Civil Veterinary Department. Madras. Admin. report 1910-25 - 1910-1925
Year: 1910
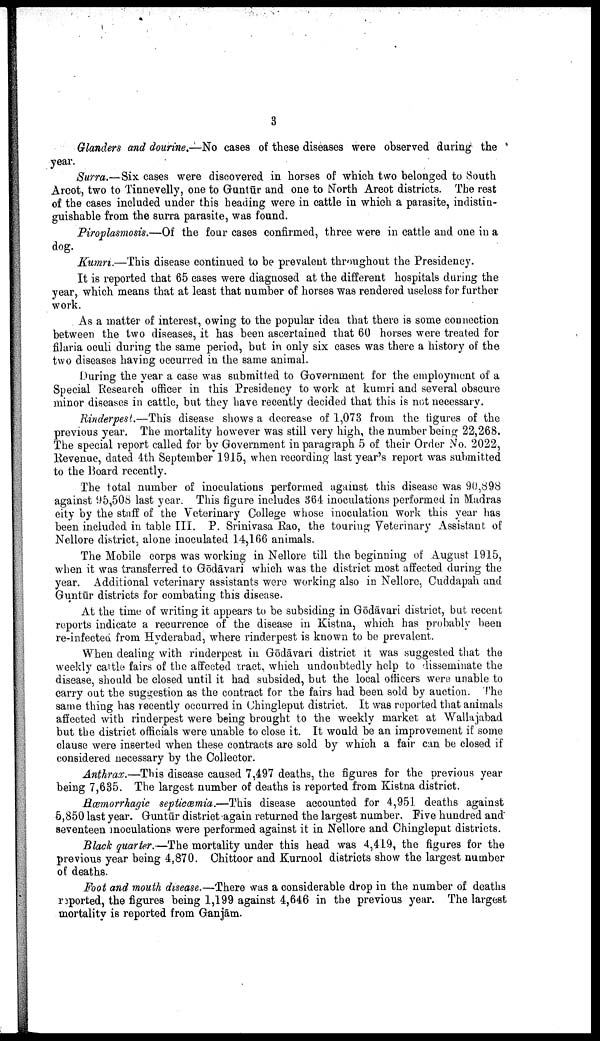
3
Glanders and dourine.—No cases of these diseases were observed during the
year.
Surra.—Six cases were discovered in horses of which two belonged to South
Arcot, two to Tinnevelly, one to Guntur and one to North Arcot districts. The rest
of the cases included under this heading were in cattle in which a parasite, indistin
guishable from the surra parasite, was found.
Piroplasmosis.—Of the four cases confirmed, three were in cattle and one in a
dog.
Kumri.—This disease continued to be prevalent throughout the Presidency.
It is reported that 65 cases were diagnosed at the different hospitals during the
year, which means that at least that number of horses was rendered useless for further
work.
As a matter of interest, owing to the popular idea that there is some connection
between the two diseases, it has been ascertained that 60 horses were treated for
filaria oculi during the same period, but in only six cases was there a history of the
two diseases having occurred in the same animal.
During the year a case was submitted to Government for the employment of a
Special Research officer in this Presidency to work at kumri and several obscure
minor diseases in cattle, but they have recently decided that this is not necessary.
Rinderpest.—This disease shows a decrease of 1,073 from the figures of the
previous year. The mortality however was still very high, the number being 22,268.
The special report called for by Government in paragraph 5 of their Order No. 2022,
Revenue, dated 4th September 1915, when recording last year's report was submitted
to the Board recently.
The total number of inoculations performed against this disease was 90,898
against 95,508 last year. This figure includes 364 inoculations performed in Madras
city by the staff of the Veterinary College whose inoculation work this year has
been included in table III. P. Srinivasa Rao, the touring Veterinary Assistant of
Nellore district, alone inoculated 14,166 animals.
The Mobile corps was working in Nellore till the beginning of August 1915,
when it was transferred to Gōdāvari which was the district most affected during the
year. Additional veterinary assistants were working also in Nellore, Cuddapah and
Guntūr districts for combating this disease.
At the time of writing it appears to be subsiding in Gōdāvari district, but recent
reports indicate a recurrence of the disease in Kistna, which has probably been
re-infected from Hyderabad, where rinderpest is known to be prevalent.
When dealing with rinderpest in Gōdāvari district it was suggested that the
weekly cattle fairs of the affected tract, which undoubtedly help to disseminate the
disease, should be closed until it had subsided, but the local officers were unable to
carry out the suggestion as the contract for the fairs had been sold by auction. The
same thing has recently occurred in Chingleput district. It was reported that animals
affected with rinderpest were being brought to the weekly market at Wallajabad
but the district officials were unable to close it. It would be an improvement if some
clause were inserted when these contracts are sold by which a fair can be closed if
considered necessary by the Collector.
Anthrax.—This disease caused 7,497 deaths, the figures for the previous year
being 7,635. The largest number of deaths is reported from Kistna district.
Hæmorrhagic septicæmia.—This disease accounted for 4,951 deaths against
5,850 last year. Guntūr district again returned the largest number. Five hundred and
seventeen inoculations were performed against it in Nellore and Chingleput districts.
Black quarter.—The mortality under this head was 4,419, the figures for the
previous year being 4,870. Chittoor and Kurnool districts show the largest number
of deaths.
Foot and mouth disease.—There was a considerable drop in the number of deaths
reported, the figures being 1,199 against 4,646 in the previous year. The largest
mortality is reported from Ganjām.